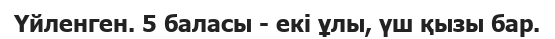
Үйленген. 5 баласы - екі ұлы, үш қызы бар.